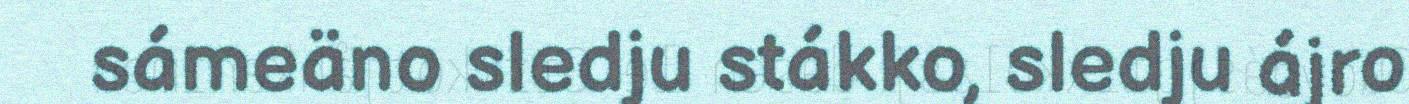
sámeäno sledju stákko, sledju ájro